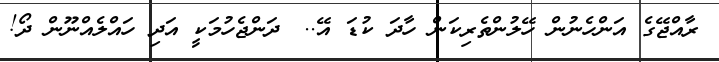
ރާއްޖޭގެ އަންހެނުން ހޭލުންތެރިކަން ހާދަ ކުޑަ އޭ..? ދަންޖެހުމަކީ އަދި ހައްލެއްނޫން ދޯ!